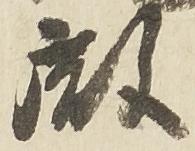
殿